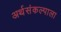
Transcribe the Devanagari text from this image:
अर्थसंकल्पाला